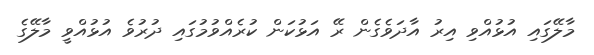
މާލޭގައި އުޅުއްވި އިރު އާދަވެގެން ރޭ އަޅުކަން ކުރެއްވުމުގައި ދުރުވެ އުޅުއްވީ މާލޭގެ